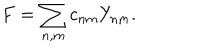
LaTeX: F = \sum _ { n , m } c _ { n m } Y _ { n m } .